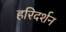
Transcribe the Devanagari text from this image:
हरिदर्शन